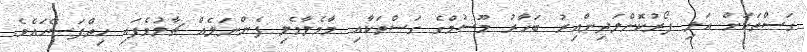
ގަސްތަކަށް އަލި ފޯރުކޮށްލަދިންއިރު ބަހާރު މޫސުމްގެ ގަސްތަކާއި މާމެލާމެލި ފެންނަލެއް ޗާލުވެފައި ހިތްފަސޭހައެވެ.